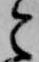
令